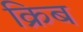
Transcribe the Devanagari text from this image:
क्रिब